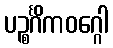
ပဉ္စင်္ဂိကဝဂ္ဂေါ